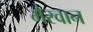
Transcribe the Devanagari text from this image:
मैरवान